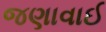
જણાવાઈ